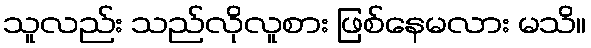
သူလည်း သည်လိုလူစား ဖြစ်နေမလား မသိ။